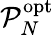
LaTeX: \mathcal{P}_{N}^{\mathrm{opt}}